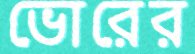
ভোরের